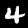
Label: 4